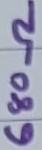
Text: 680Ω